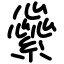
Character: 繠